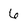
Character: 6